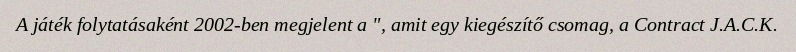
A játék folytatásaként 2002-ben megjelent a ", amit egy kiegészítő csomag, a Contract J.A.C.K.